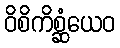
ဝိစိကိစ္ဆံယေဝ